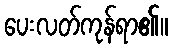
ပေးလတ်ကုန်ရာ၏။